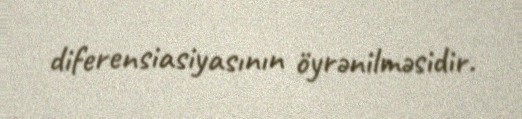
diferensiasiyasının öyrənilməsidir.